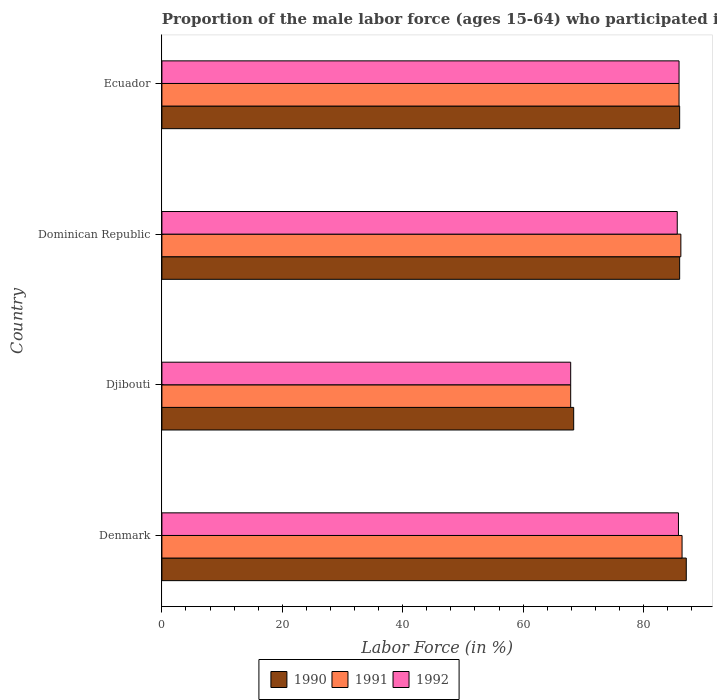
| Country | 1990 | 1991 | 1992 |
 | --- | --- | --- | --- |
 | Denmark | 87.1 | 86.4 | 85.8 |
 | Djibouti | 68.4 | 67.9 | 67.9 |
 | Dominican Republic | 86 | 86.2 | 85.6 |
 | Ecuador | 86 | 85.9 | 85.9 |